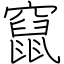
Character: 竄